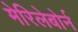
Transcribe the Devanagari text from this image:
मेरिलेबोर्न